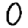
Digit: 0